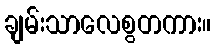
ချမ်းသာလေစွတကား။